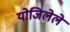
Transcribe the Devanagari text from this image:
योजिलेले